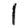
Digit: 1